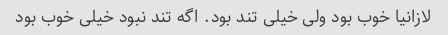
لازانیا خوب بود ولی خیلی تند بود. اگه تند نبود خیلی خوب بود